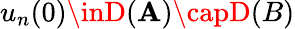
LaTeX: u_{n}(0)\inD(\mathbf{A})\capD(B)